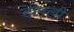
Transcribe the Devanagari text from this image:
डीपली